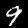
Label: 9